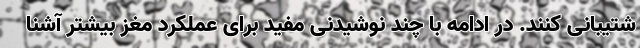
شتیبانی کنند. در ادامه با چند نوشیدنی مفید برای عملکرد مغز بیشتر آشنا